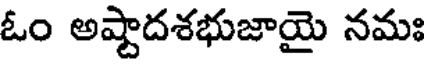
ఓం అష్టాదశభుజాయై నమః